Vaccination North-Western Provinces and Oudh 1896-1901 - 1896-1901
Year: 1896
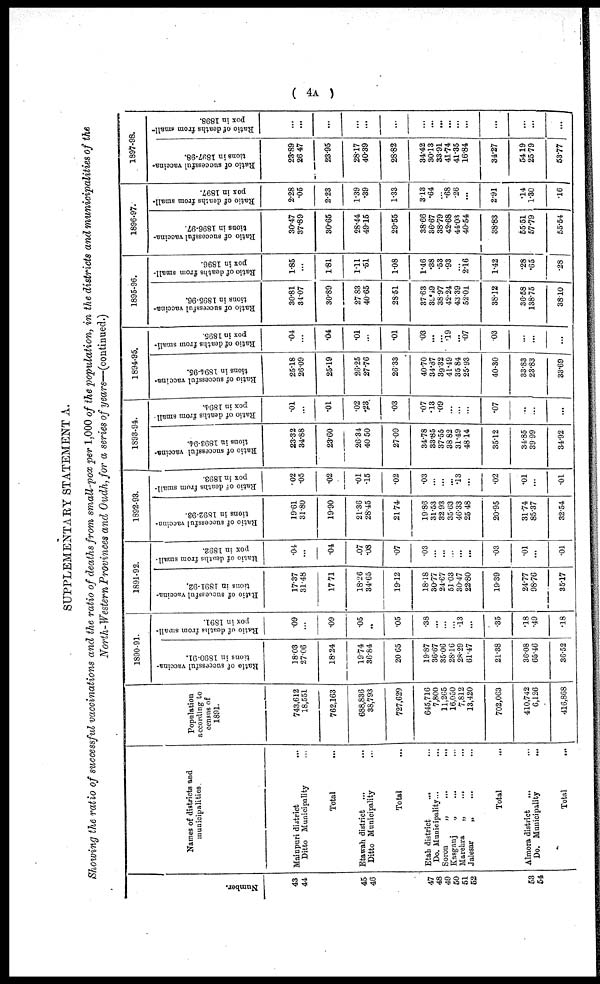
( 4A )
SUPPLEMENTARY STATEMENT A.
Showing the ratio of successful vaccinations and the ratio of deaths from small-pox per 1,000 of the population, in the districts and municipalities of the
North-Western Provinces and Oudh,for a series of years—(continued.)
Number.
43
44
45
46
47
48
49
50
51
52
53
54
Names of districts and
municipalities
Mainpuri district
...
Ditto Municipality ...
Total ...
Etawah district ... ...
Ditto Municipality ...
Total ...
Etah district ... ...
Do. Municipality...
Soron
„
...
...
Kasganj
„ ... ...
Marehra
„
... ...
Jalesar
„ ... ...
Total ...
Almora district ... ...
Do. Municipality
...
Total ...
Population
according to
census of
1891.
743,612
18,551
762,163
688,836
38,793
727,629
645,716
7,800
11,265
16,050
7,812
13,420
702,063
410,742
6,126
416,868
1890-91.
Ratio of successful vaccina-
tions in 1890-91.
18.03
27.06
18.24
19.74
36.84
20. 65
19.87
36.67
35.06
28.16
28.29
61.47
21.38
36.08
65.46
36.52
Ratio of deaths from small-
pox in 1891.
.09
...
.09
.05
...
.05
.38
...
...
...
.13
...
.35
.18
.49
.18
1891-92.
Ratio of successful vaccina-
tions in 1891-92.
17.37
31.48
17.71
18.26
34.65
19.12
18.18
30.77
24.67
51.03
30.47
22.80
19.39
24.77
98.76
35.17
Ratio of deaths from small-
pox in 1892.
.04
...
.04
.07
.08
.07
.03
...
...
...
...
...
.03
.01
...
.01
1892-93.
Ratio of successful vaccina-
tions in 1892-93.
19.61
31.80
19.90
21.36
28.45
21.74
19.86
31.53
32.93
35.63
46.33
25.48
20.95
31.74
85.37
32.54
Ratio of deaths from small-
pox in 1893.
.02
.05
.02
.01
.15
.02
.03
...
...
...
.13
...
.02
.01
...
.01
1893-94.
Ratio of successful vaccina-
tions in 1893-94.
23.32
34.88
23.60
26.34
40.50
27.09
34.78
33.85
37.55
38.82
31.49
48.14
35.12
34.85
39.99
34.92
Ratio of deaths from small .
pox in 1894.
.01
...
.01
.02
.23
.03
.07
.13
.09
...
...
...
.07
...
...
...
1894-95.
Ratio of successful vaccina-
tions in 1894-95.
25.18
26.09
25.19
26.25
27.76
26.33
40.70
34.87
39.32
41.49
35.84
25.93
40.30
33.83
23.83
33.69
Ratio of deaths from small-
pox in 1895.
.04
...
.04
.01
...
.01
.03
...
...
.19
...
.07
.03
...
...
...
1895-96.
Ratio of successful vaccina-
tions in 1895-96.
30.81
34.07
30.89
27. 83
40.65
28.51
37.63
39.49
38.97
42.24
43.39
52.01
38.12
36.58
138.75
38.10
Ratio of deaths from small-
pox in 1896.
1.85
...
1.81
1.11
.51
1.08
1.46
.38
.53
.93
...
2.16
1.42
.28
.65
.28
1896-97.
Ratio of successful vaccina-
tions in 1896-97.
30.47
37.89
30.65
28.44
49.15
29.55
38.66
36.67
38.79
42.68
44.03
40.54
38.83
55.51
57.79
55.54
Ratio of deaths from small-
pox in 1897.
2.28
.05
2.23
1.39
.39
1.33
3.13
.64
...
.68
.26
...
2.91
.14
1.30
.16
1897-98.
Ratio of successful vaccina-
tions in 1897-98.
23.89
26.47
23.95
28.17
40.39
28.82
34.42
30.13
33.91
41.74
41.35
16.84
34.27
54.19
25.79
53.77
Ratio of deaths from small-
pox in 1898.
...
...
...
...
...
...
...
...
...
...
...
...
...
...
...
...